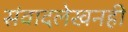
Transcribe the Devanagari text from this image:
संवादलेखनही